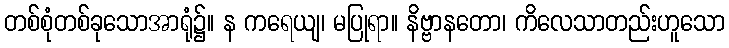
တစ်စုံတစ်ခုသောအာရုံ၌။ န ကရေယျ၊ မပြုရာ။ နိဗ္ဗာနတော၊ ကိလေသာတည်းဟူသော